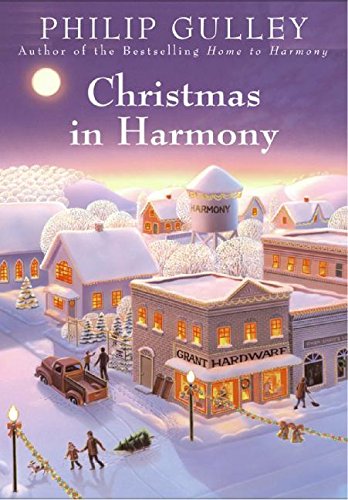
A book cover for Christmas in Harmony (A Harmony Novel); Philip Gulley; Christian Books & Bibles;